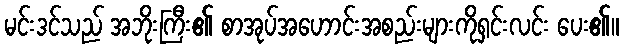
မင်းဒင်သည် အဘိုးကြီး၏ စာအုပ်အဟောင်းအစည်းများကိုရှင်းလင်း ပေး၏။